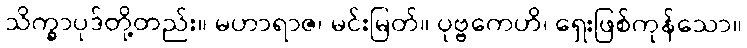
သိက္ခာပုဒ်တို့တည်း။ မဟာရာဇ၊ မင်းမြတ်။ ပုဗ္ဗကေဟိ၊ ရှေးဖြစ်ကုန်သော။